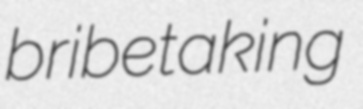
bribetaking